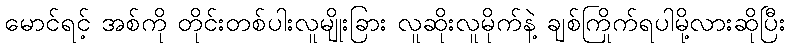
မောင်ရင့် အစ်ကို တိုင်းတစ်ပါးလူမျိုးခြား လူဆိုးလူမိုက်နဲ့ ချစ်ကြိုက်ရပါမို့လားဆိုပြီး